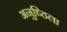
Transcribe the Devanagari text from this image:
अनुष्ठिला